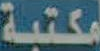
مكتبة